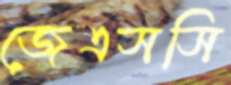
জেএসসি